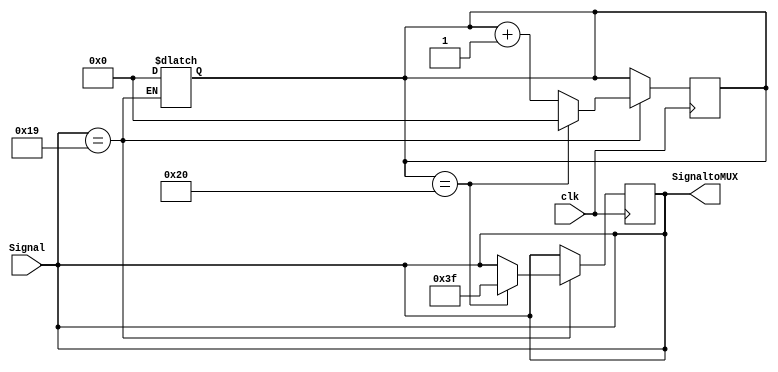
`timescale 1ns/1ns
module ALUControl(clk ,Signal, SignaltoMUX );
input clk ;

input [5:0] Signal ;  

output [5:0] SignaltoMUX ;


reg [5:0] temp ;
reg [6:0] counter ;


parameter AND = 6'b100100;
parameter OR  = 6'b100101;
parameter ADD = 6'b100000;
parameter SUB = 6'b100010;
parameter SLT = 6'b101010;
parameter SLL = 6'b000000;
parameter MULTU = 6'b011001;
parameter MFHI = 6'b010000;
parameter MFLO = 6'b010010;
parameter BEQ = 6'b000011;


always@( Signal )
begin
  if ( Signal == MULTU )
  begin
    counter <= 0 ; //  counter0
  end
  
  temp <= Signal ;
end

always@( posedge clk )
begin

  if ( Signal == MULTU )
  begin
    counter <= counter + 1 ;
    if ( counter == 32 )
    begin
      temp <= 6'b111111 ; 
      counter <= 0 ;
    end
  end

end


//32clkHiLo


assign SignaltoMUX = temp ;


endmodule